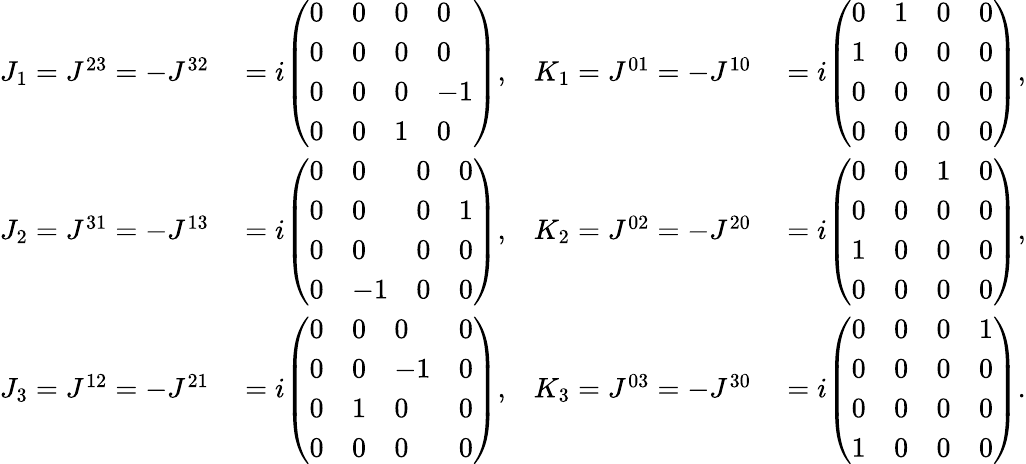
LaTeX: \begin{array}{rlrl}{J_{1}=J^{23}=-J^{32}}&{{}=i{\left(\begin{array}{llll}{0}&{0}&{0}&{0}\\ {0}&{0}&{0}&{0}\\ {0}&{0}&{0}&{-1}\\ {0}&{0}&{1}&{0}\end{array}\right)},}&{K_{1}=J^{01}=-J^{10}}&{{}=i{\left(\begin{array}{llll}{0}&{1}&{0}&{0}\\ {1}&{0}&{0}&{0}\\ {0}&{0}&{0}&{0}\\ {0}&{0}&{0}&{0}\end{array}\right)},}\\ {J_{2}=J^{31}=-J^{13}}&{{}=i{\left(\begin{array}{llll}{0}&{0}&{0}&{0}\\ {0}&{0}&{0}&{1}\\ {0}&{0}&{0}&{0}\\ {0}&{-1}&{0}&{0}\end{array}\right)},}&{K_{2}=J^{02}=-J^{20}}&{{}=i{\left(\begin{array}{llll}{0}&{0}&{1}&{0}\\ {0}&{0}&{0}&{0}\\ {1}&{0}&{0}&{0}\\ {0}&{0}&{0}&{0}\end{array}\right)},}\\ {J_{3}=J^{12}=-J^{21}}&{{}=i{\left(\begin{array}{llll}{0}&{0}&{0}&{0}\\ {0}&{0}&{-1}&{0}\\ {0}&{1}&{0}&{0}\\ {0}&{0}&{0}&{0}\end{array}\right)},}&{K_{3}=J^{03}=-J^{30}}&{{}=i{\left(\begin{array}{llll}{0}&{0}&{0}&{1}\\ {0}&{0}&{0}&{0}\\ {0}&{0}&{0}&{0}\\ {1}&{0}&{0}&{0}\end{array}\right)}.}\end{array}